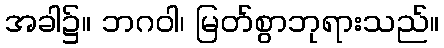
အခါ၌။ ဘဂဝါ၊ မြတ်စွာဘုရားသည်။